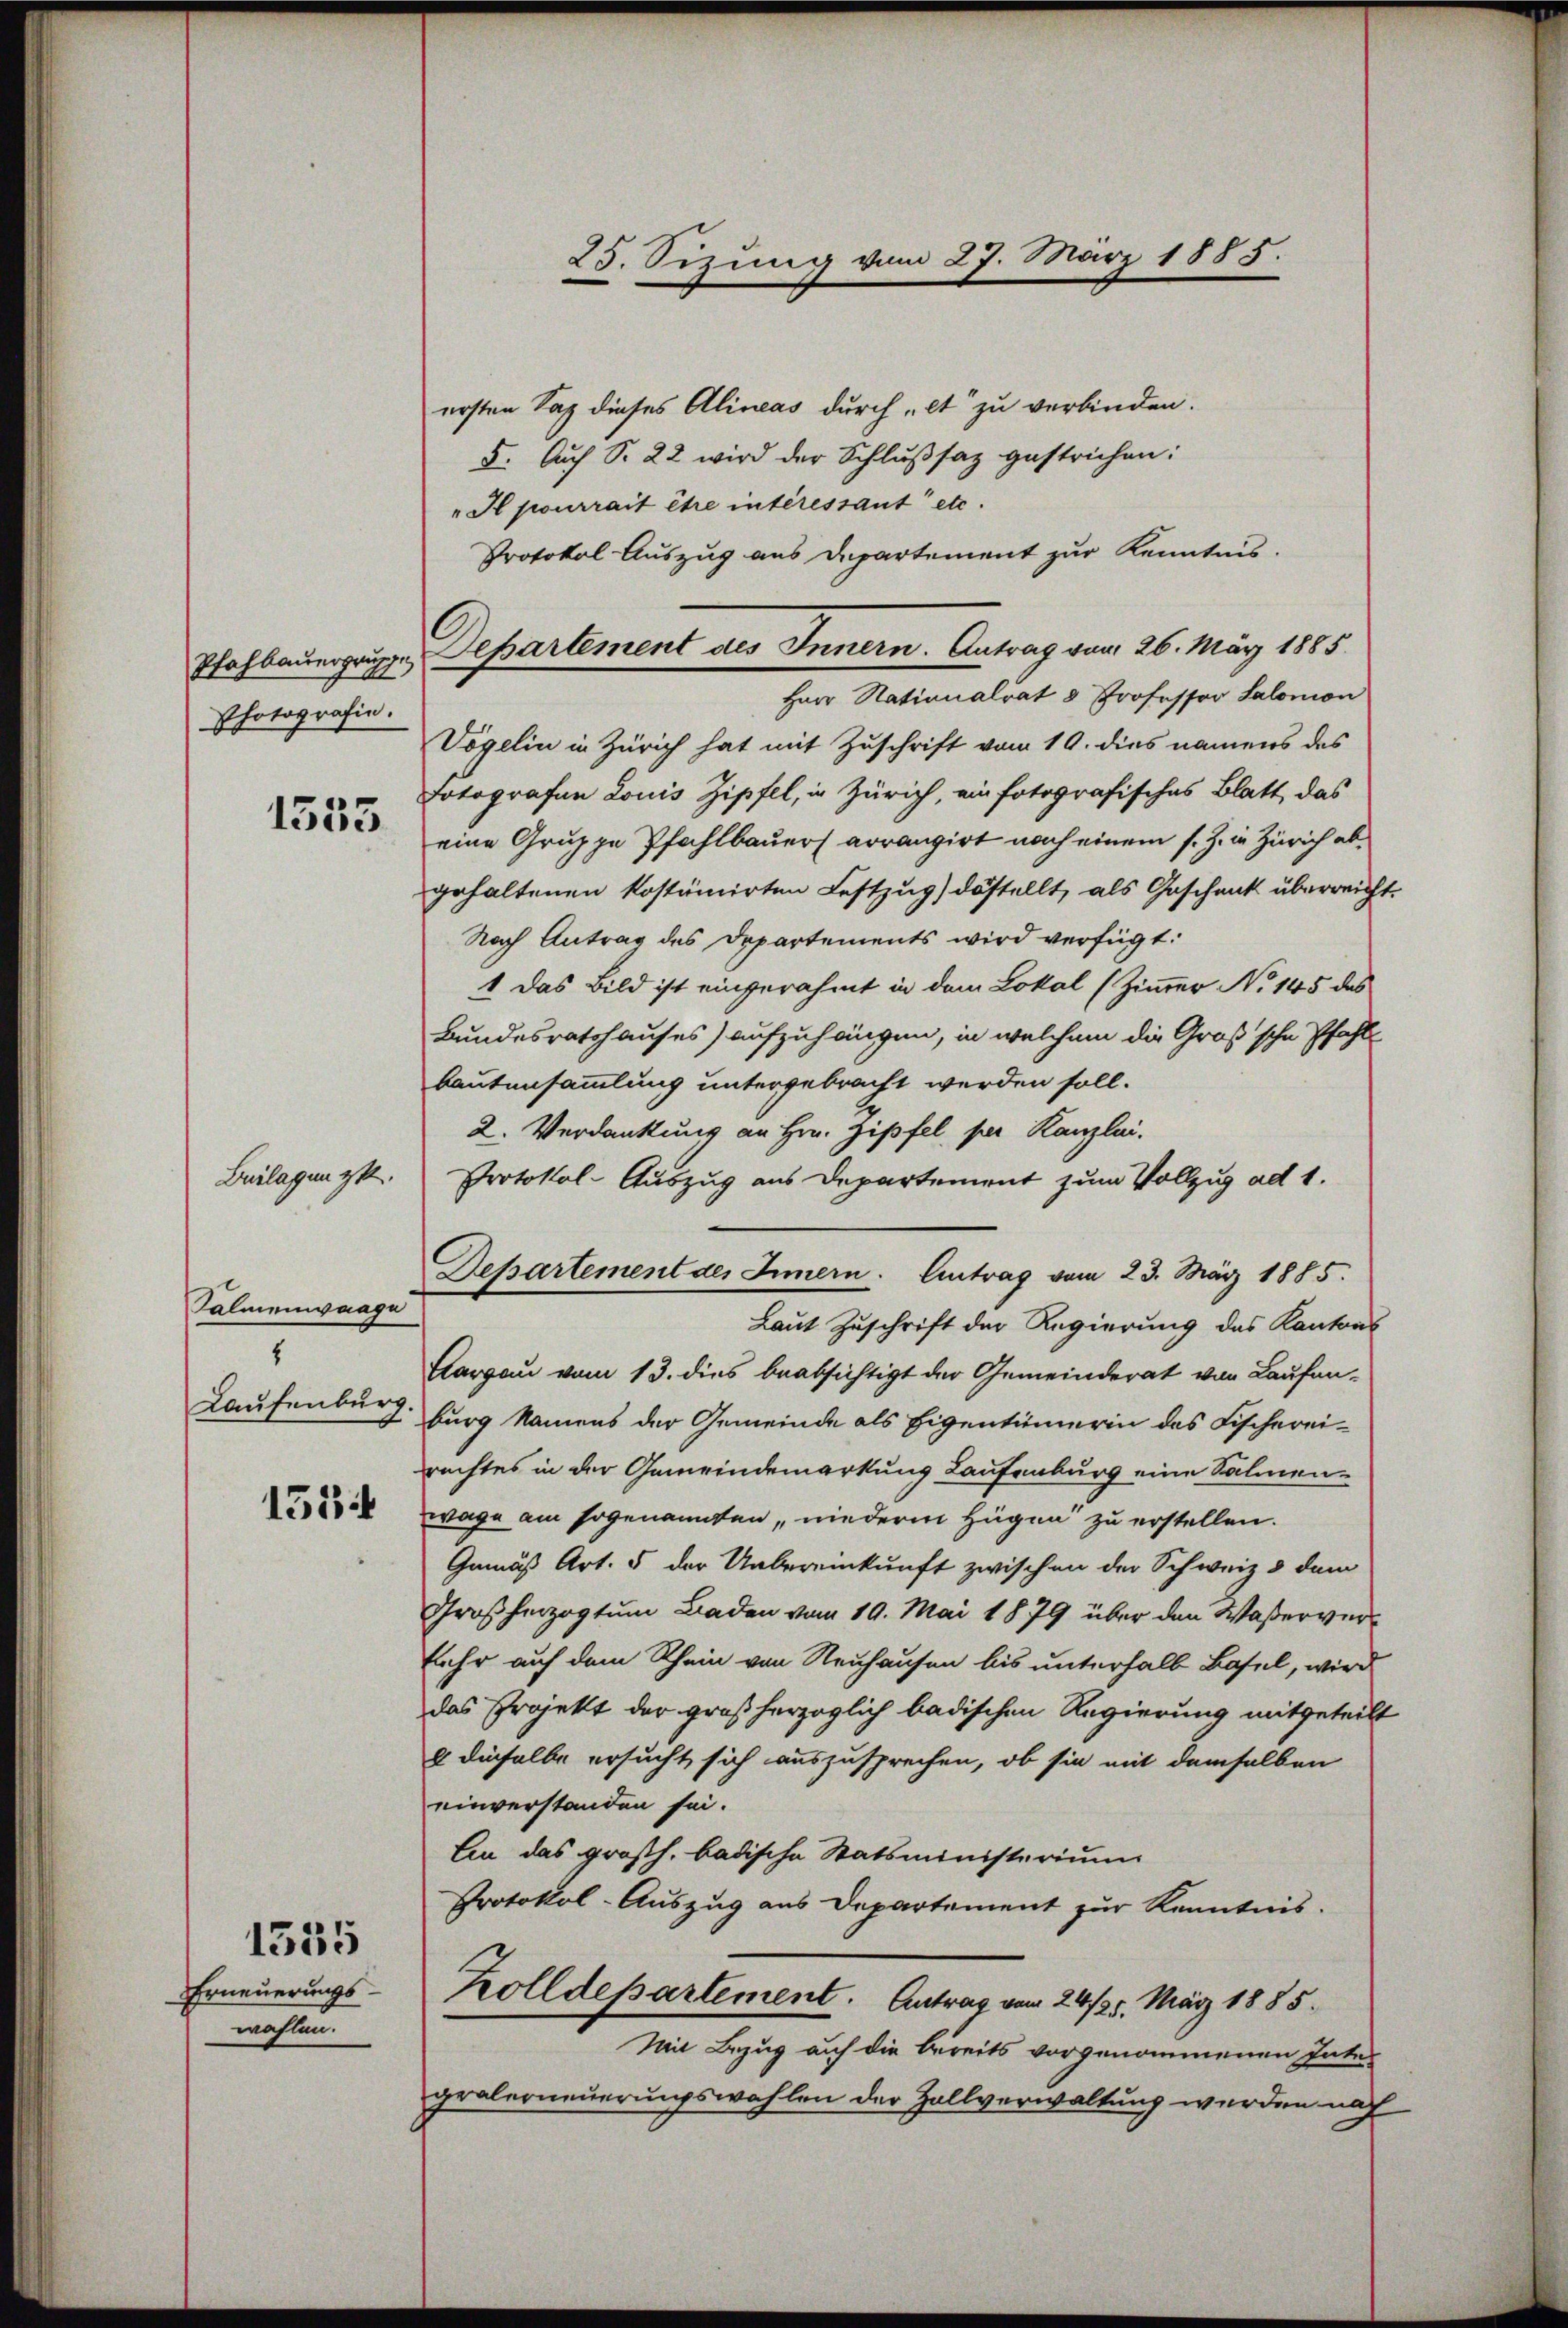
Pfohbauergruppe
Photografin.
1535

Beilagen g

Falmenwaage
Laufenburg.

1534

Erneuerungsmahlen

1535

ersten Sap dieses Alineas durch lt zu verbinden.
5. Auch S. 22 wird der Schlußsaz gestrichen:
" Il pourrait ihre intéressant etc.
Protokol Auszug aus Departement zur Kenntnis.
Herr Nationalrat 3 Professor Salomon
Vögelin in Zürich hat mit Zuschrift vom 19. dies namens des
Dotografen Louis Zipfel, in Zürich, ein fotografisches Blatt, das
eine Gruppe Pfahlbauers arrangirt nach einem s. Z. in Zürich abgehaltenen kostümirten Festzug) destellt, als Geschenk überreicht.
Nach Antrag des Departements wird verfügt:
1 das Bild ist eingerahmt in dem Lokal (Zimmer No 145 des
Bundesratshauses) aufzuhängen, in welchem die Groß sche Pfahl
Bautensammlung untergebracht werden soll.
2. Verdankung an Hrn. Zipfel per Kanzlei.
Protokol-Auszug aus Departement zum Vollzug ad 1.
Laut Zuschrift der Regierung des Kantons
Aargau vom 13. dies beabsichtigt der Gemeinderat von Laufenburg Namens der Gemeinde als Eigentümerin des Fischerei-
rechtes in der Gemeindemarkung Laufenburg eine Salmenwage am sogenannten, niederm Hugen zu erstellen.
Gemäß Art. 5 der Uebereinkunft zwischen der Schweiz & dem
Großherzogtum Baden vom 19. Mai 1879 über den Waßerversehr auf dem Rhein von Neuhausen bis unterhalb Basel, wird
das Projekt der großherzoglich badischen Regierung mitgeteilt
g dieselbe ersucht sich auszusprechen, ob sie mit demselben
einverstanden sei.
Ein das großh. badische Statsministerium
Protokol-Auszug aus Departement zur Kenntnis.
Zolldepartement. Antrag vom 24/25. März 1885.
Mit Bezug auf die bereits vorgenommenen Intes
gralerneuerungswahlen der Zollverwaltung werden nach

Dehartement des Innern. Antrag vom 26. März 1885

25. Sizung vom 27. März 1885.

Departement des Innern. Antrag vom 23. März 1885.